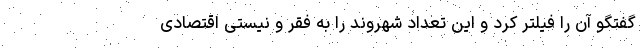
گفتگو آن را فیلتر کرد و این تعداد شهروند را به فقر و نیستی اقتصادی